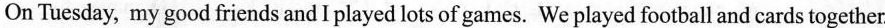
On Tuesday, my good friends andI played lots of games. We played football and cards together.